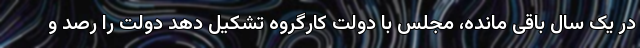
در یک سال باقی مانده، مجلس با دولت کارگروه تشکیل دهد دولت را رصد و